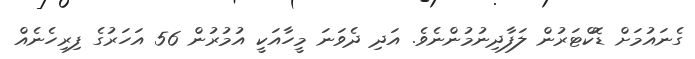
ގެނައުމަށް ޑޮކްޓަރުން ލަފާދިނުމުންނެވެ. އަދި ދެވަނަ މީހާއަކީ އުމުރުން 56 އަހަރުގެ ފިރިހެނެއް